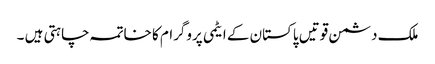
ملک دشمن قوتیں پاکستان کے ایٹمی پروگرام کا خاتمہ چاہتی ہیں ۔